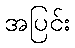
အပြင်း